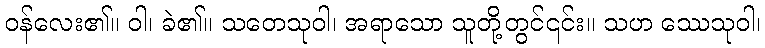
ဝန်လေး၏။ ဝါ၊ ခဲ၏။ သတေသုဝါ၊ အရာသော သူတို့တွင်၎င်း။ သဟ ဿေသုဝါ၊